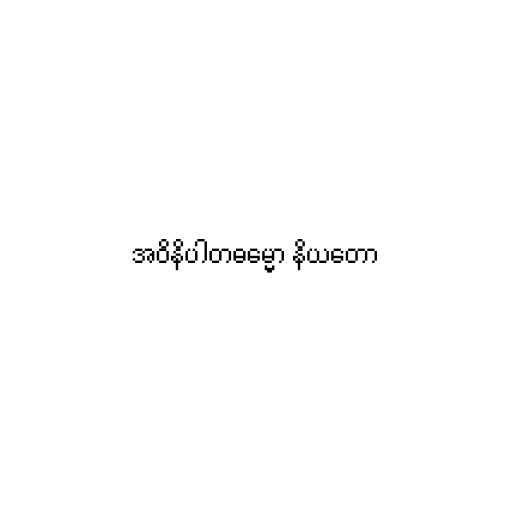
အဝိနိပါတဓမ္မော နိယတော